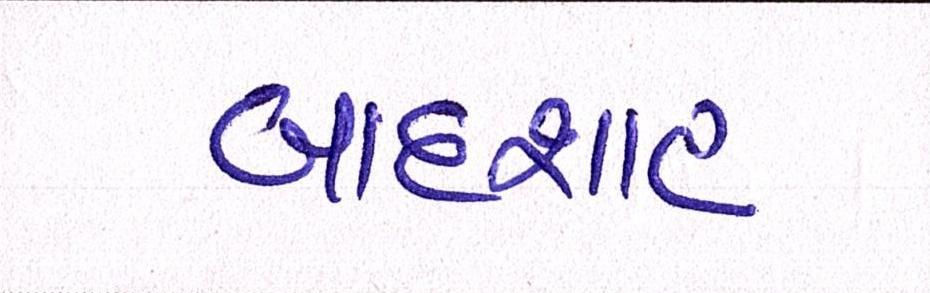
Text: બાદશાહ